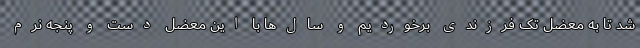
شد تا به معضل تک فرزندی برخوردیم و سال‌ها با این معضل دست و پنجه نرم